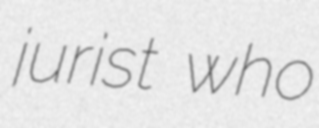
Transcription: jurist who